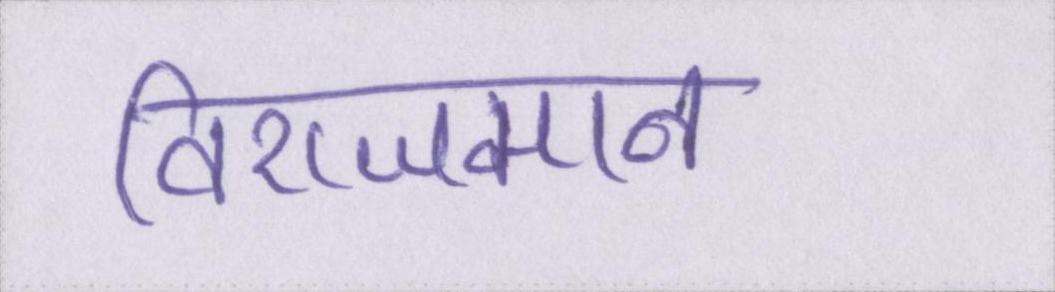
विराजमान